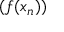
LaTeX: ( f ( x _ { n } ) )